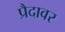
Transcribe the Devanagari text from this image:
प्रैदावर